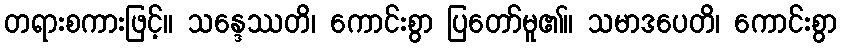
တရားစကားဖြင့်။ သန္ဒေဿတိ၊ ကောင်းစွာ ပြတော်မူ၏။ သမာဒပေတိ၊ ကောင်းစွာ